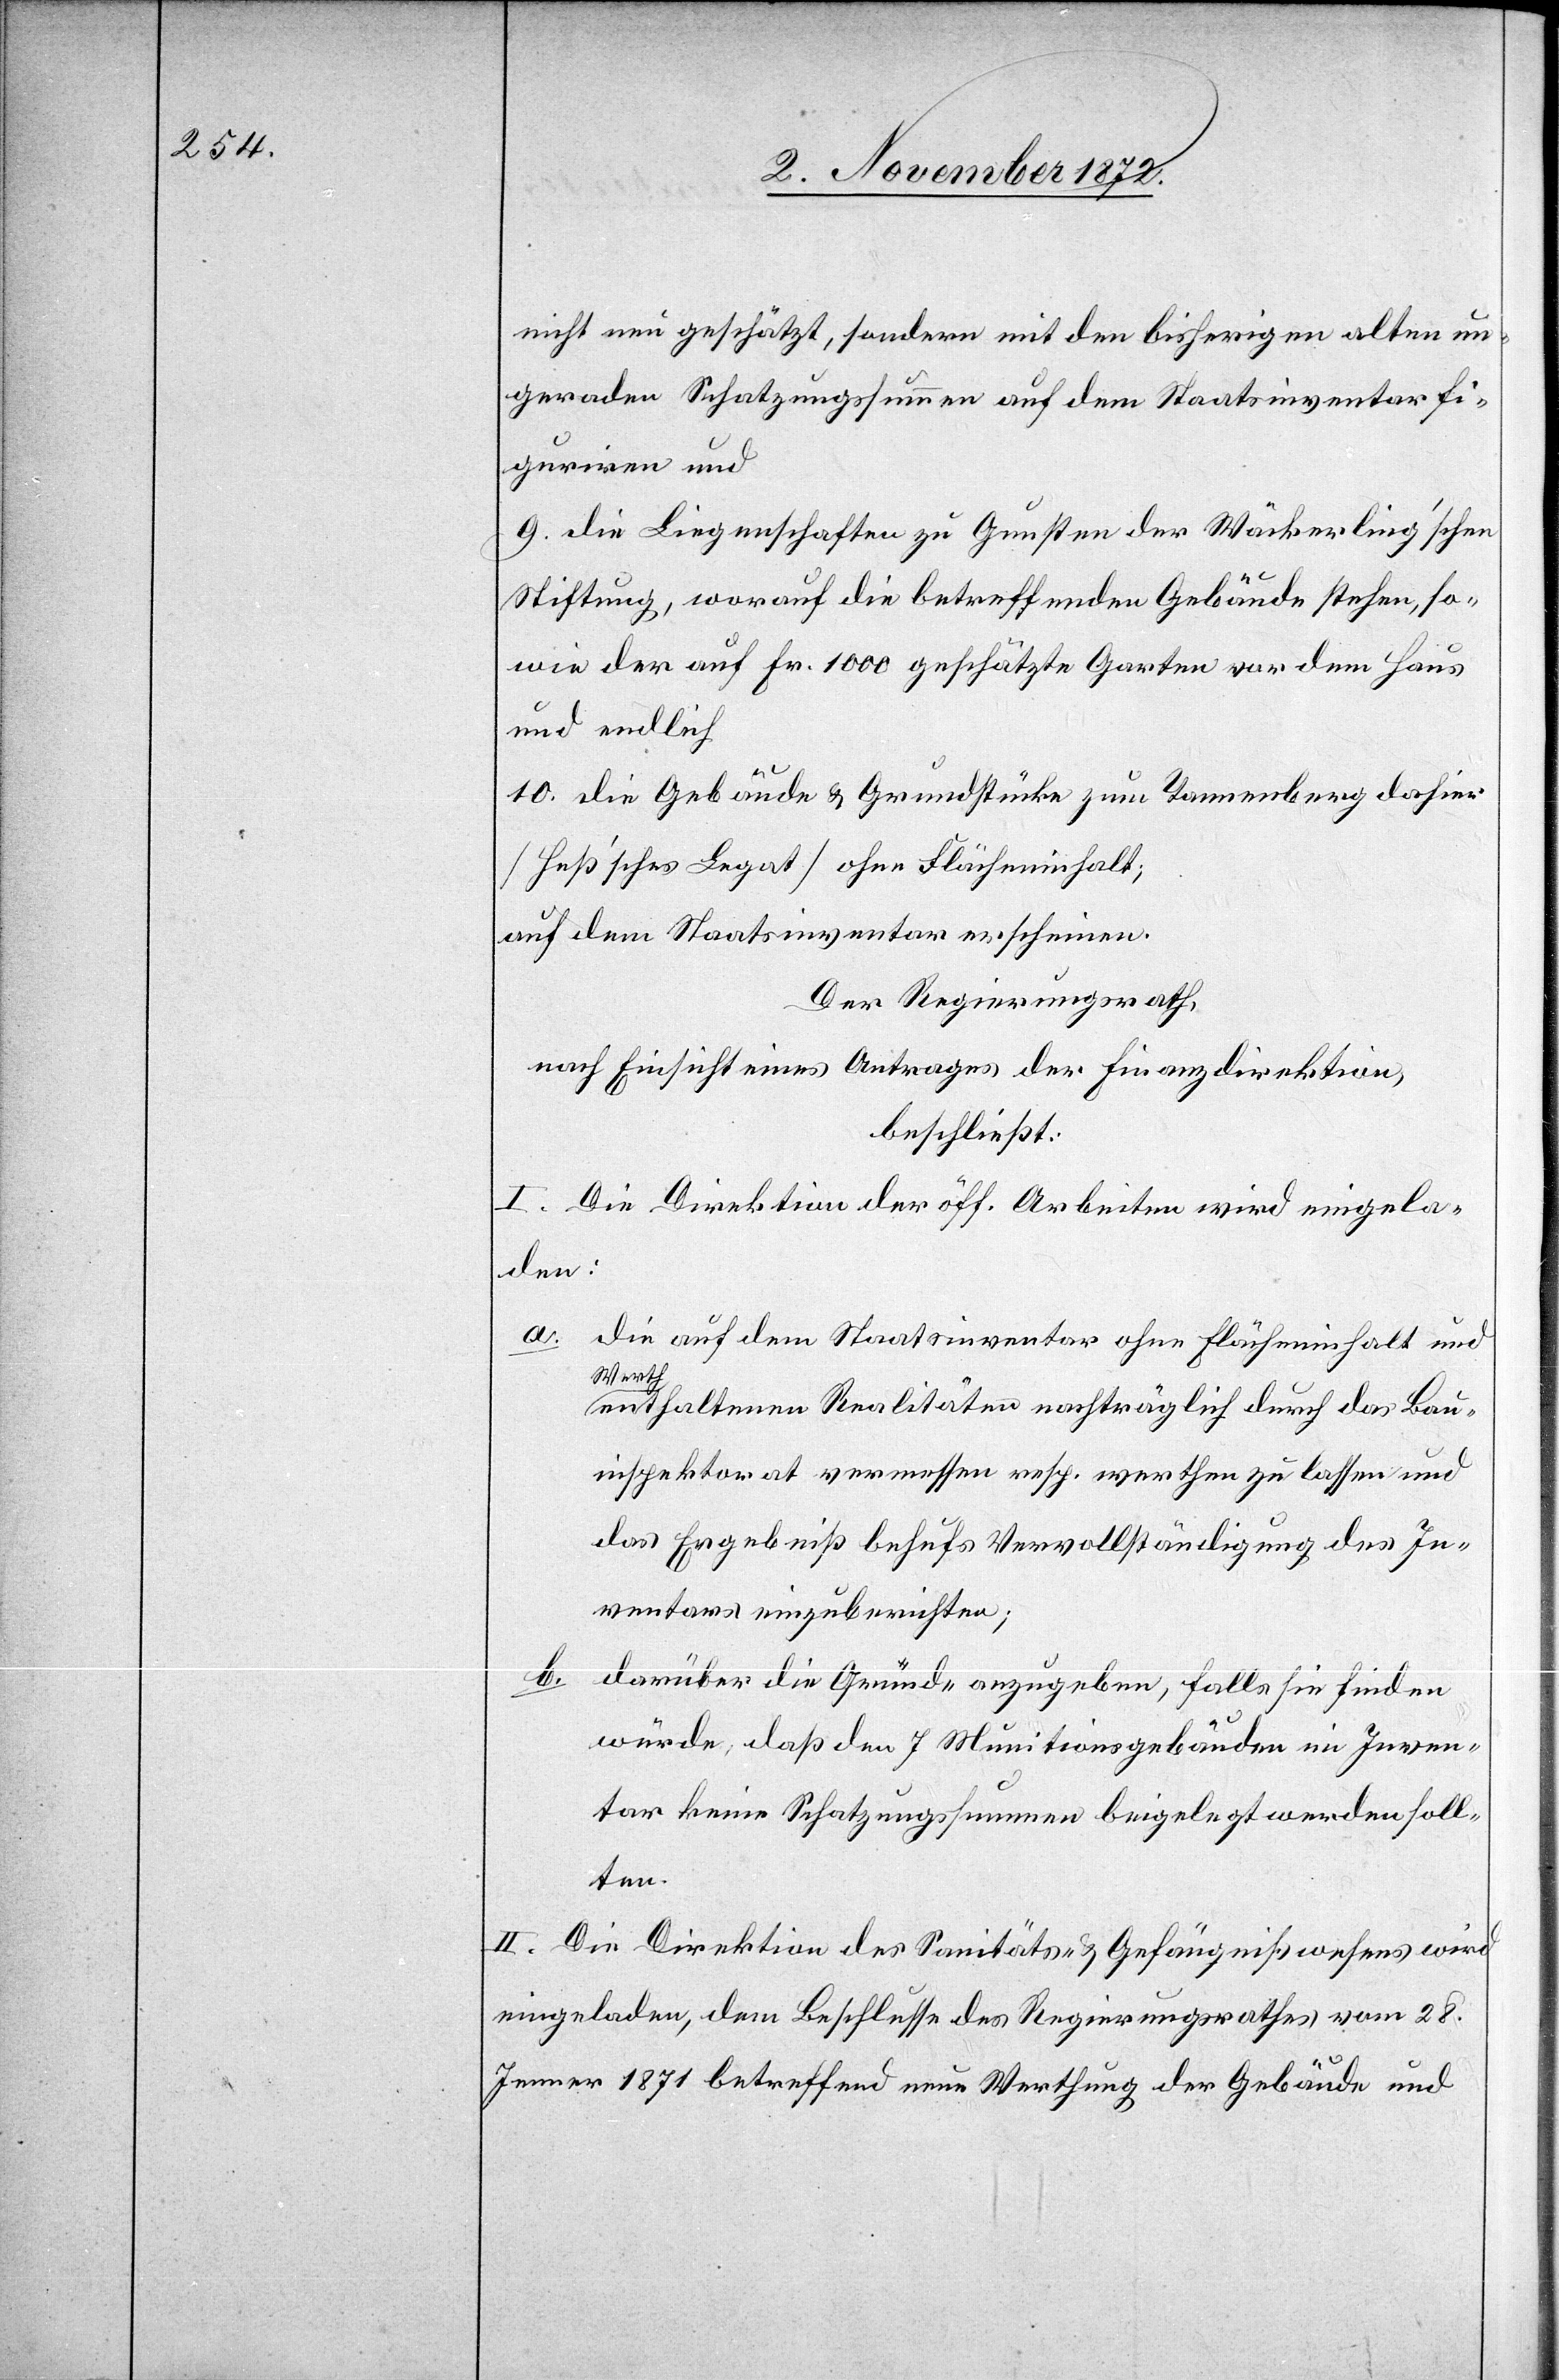
nicht neu geschätzt, sondern mit den bisherigen alten un¬
geraden Schatzungssummen auf dem Staatsinventar fi¬
guriren und
9. die Liegenschaften zu Gunsten der Wäckerling’schen
Stiftung, worauf die betreffenden Gebäude stehen, so¬
wie der auf Fr. 1000 geschätzte Garten vor dem Haus
und endlich
10. die Gebäude u. Grundstücke zum Tannenberg dahier
[Heß’sches Legat] ohne Flächeninhalt;
auf dem Staatsinventar erscheinen.
Der Regierungsrath,
nach Einsicht eines Antrages der Finanzdirektion,
beschließt:
I. Die Direktion der öff. Arbeiten wird eingela¬
den:
a.
die auf dem Staatsinventar ohne Flächeninhalt und
Werth
enthaltenen Realitäten nachträglich durch das Bau¬
inspektorat vermessen resp. werthen zu lassen und
das Ergebniß behufs Vervollständigung des In¬
ventars einzuberichten;
b.
darüber die Gründe anzugeben, falls sie finden
würde, daß den 7 Munitionsgebäuden im Inven¬
tar keine Schatzungssummen beigelegt werden soll¬
ten.
II. Die Direktion des Sanitäts- u. Gefängnißwesens wird
eingeladen, dem Beschlusse des Regierungsrathes vom 28.
Jenner 1871 betreffend neue Werthung der Gebäude und